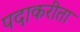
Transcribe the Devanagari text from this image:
पदाकरीता